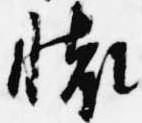
懐